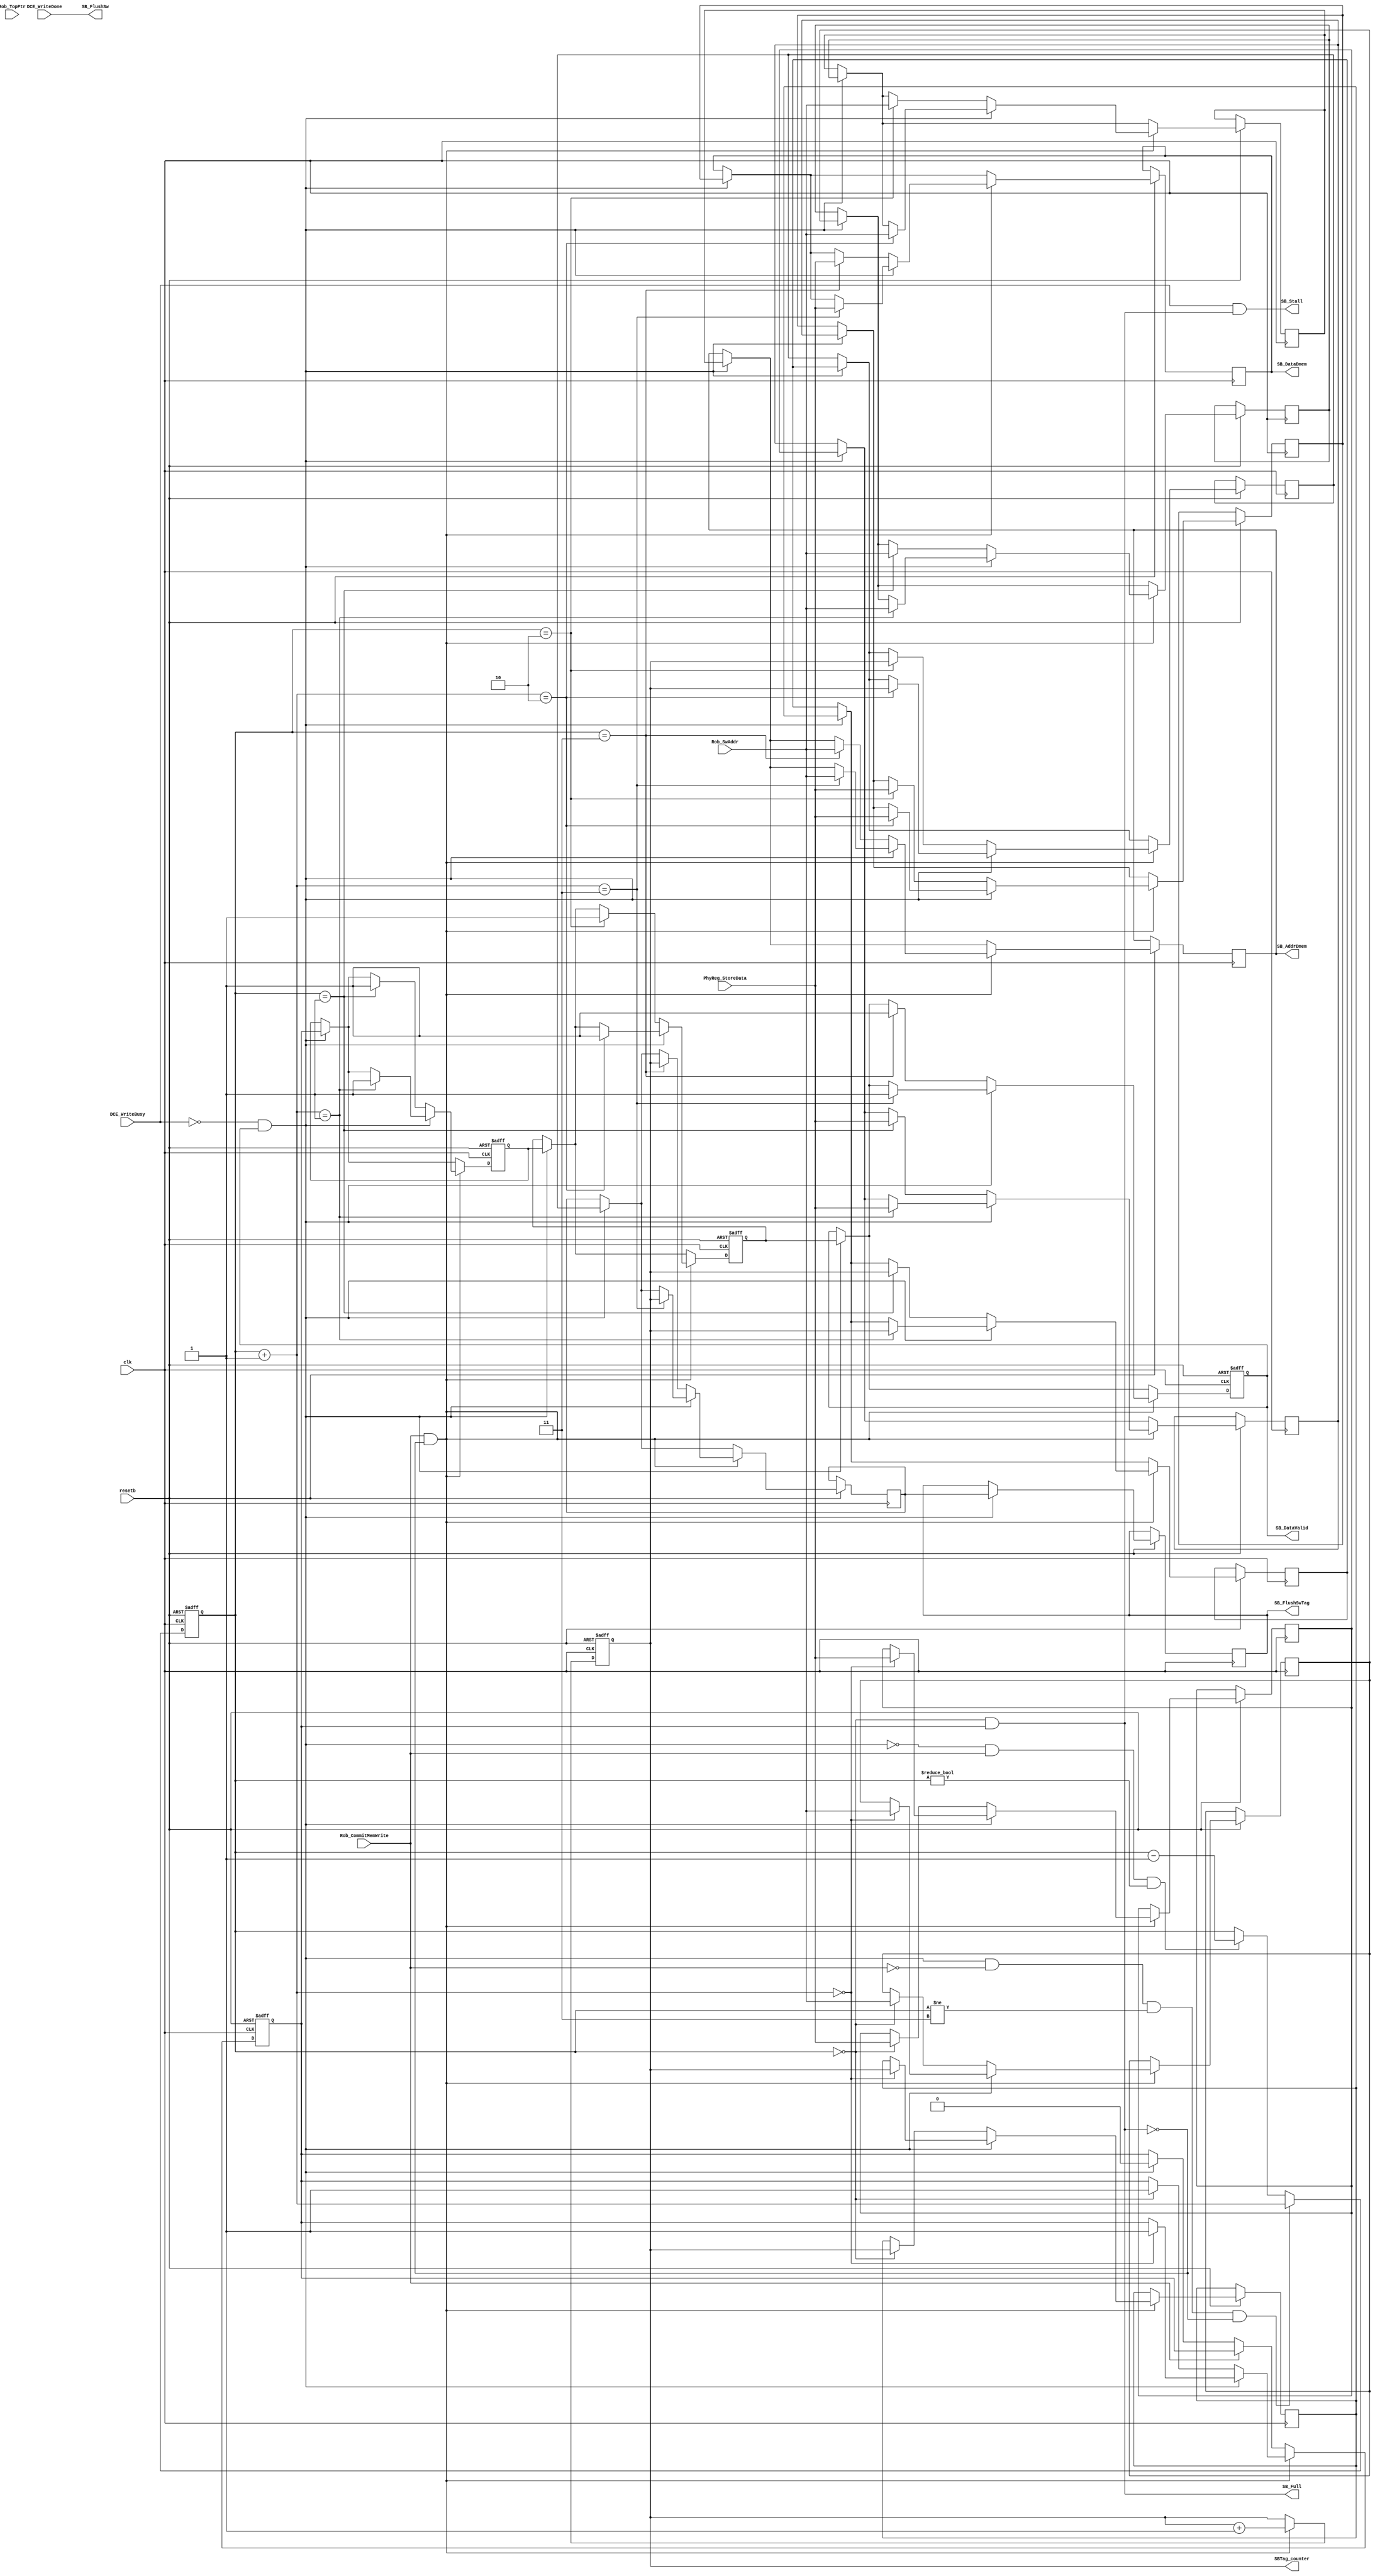
// Copyright @ 2022 Yuqing Guo
// Store Buffer

module store_buffer (   clk,
                        resetb,
                        Rob_SwAddr,
                        PhyReg_StoreData,
                        Rob_CommitMemWrite,
                        SB_Full,
                        SB_Stall,
                        Rob_TopPtr,
                        SB_FlushSw,
                        SB_FlushSwTag,
                        SBTag_counter,
                        SB_DataDmem,
                        SB_AddrDmem,
                        SB_DataValid,
                        DCE_WriteBusy,
                        DCE_WriteDone
                        );

// global
input clk;
input resetb;

// interface with ROB
input [31:0] Rob_SwAddr;
input [31:0] PhyReg_StoreData;
input Rob_CommitMemWrite;
output SB_Full;
output SB_Stall;
input [4:0] Rob_TopPtr;

// interface with SAB
output SB_FlushSw;
output [1:0] SB_FlushSwTag;
output [1:0] SBTag_counter;

// interface with Data Cache
output [31:0] SB_DataDmem;
output [31:0] SB_AddrDmem;
output SB_DataValid;
input DCE_WriteBusy;
input DCE_WriteDone;

// array
reg [31:0] address_array [0:3];
reg [31:0] data_array [0:3];
reg valid_array [0:3];
reg [1:0] SBTag_array [0:3];

// signals
reg [1:0] counter;
reg [1:0] SBTag_counter;
reg [1:0] SB_FlushSwTag;
 
wire send;
wire SB_Full;

assign send = (!DCE_WriteBusy && valid_array[3]);

assign SB_Full = (counter == 2'b00 && valid_array[0]);
assign SB_Stall = (DCE_WriteBusy && SB_Full);
assign SB_FlushSw = (DCE_WriteDone);
// write to data cache
assign SB_DataDmem = data_array[3];
assign SB_AddrDmem = address_array[3];
assign SB_DataValid = valid_array[3];

always @ (posedge clk or negedge resetb) begin
    
    if (!resetb) begin
        counter <= 2'b11;
        SBTag_counter <= 2'b00;
        valid_array[0] <= 0;
        valid_array[1] <= 0;
        valid_array[2] <= 0;
        valid_array[3] <= 0;
    end

    else begin // posedge clock

// array update: shift when send = 1  
        if (send) begin 
            valid_array[3] <= valid_array[2];
            address_array[3] <= address_array[2];
            data_array[3] <= data_array[2];
            SBTag_array[3] <= SBTag_array[2];

            valid_array[2] <= valid_array[1];
            address_array[2] <= address_array[1];
            data_array[2] <= data_array[1];
            SBTag_array[2] <= SBTag_array[1];
            
            valid_array[1] <= valid_array[0];
            address_array[1] <= address_array[0];
            data_array[1] <= data_array[0];
            SBTag_array[1] <= SBTag_array[0];            
            
            SB_FlushSwTag <= SBTag_array[3]; // Signal for SAB to flush
        end

// array update related to Rob_CommitMemWrite
        if (Rob_CommitMemWrite && !SB_Full) begin
            if (send) begin
                valid_array[counter+1]      <= 1;
                address_array[counter+1]    <= Rob_SwAddr;
                data_array[counter+1]       <= PhyReg_StoreData;
                SBTag_array[counter+1]      <= SBTag_counter;
                SBTag_counter               <= SBTag_counter + 1;
            end
            else begin
                valid_array[counter]        <= 1;
                address_array[counter]      <= Rob_SwAddr;
                data_array[counter]         <= PhyReg_StoreData;
                SBTag_array[counter]        <= SBTag_counter;
                SBTag_counter               <= SBTag_counter + 1;
            end
        end
        else if (!Rob_CommitMemWrite) begin
            if (send) valid_array[0] <= 0;
        end

// counter behavior
        if (send && !Rob_CommitMemWrite && (counter != 2'b11) && !SB_Full) begin
            counter <= counter + 1;
        end
        else if (!send && Rob_CommitMemWrite && (counter != 2'b00)) begin
            counter <= counter - 1;
        end

    end

end

endmodule